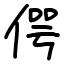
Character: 偔